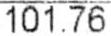
101.76